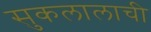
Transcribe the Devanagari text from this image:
सुकलालाची